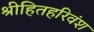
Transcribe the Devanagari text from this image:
श्रीहितहरिवंश